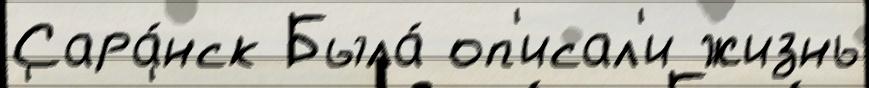
Сара́нск Была́ оп'исал'и жизнь